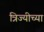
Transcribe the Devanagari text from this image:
त्रिज्यीच्या